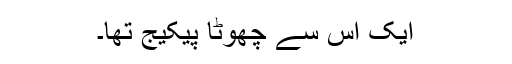
ایک اس سے چھوٹا پیکیج تھا۔